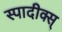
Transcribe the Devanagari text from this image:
स्पादीक्स्